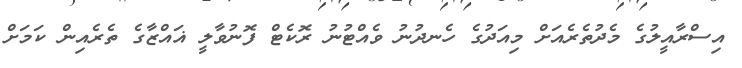
އިސްރާއީލުގެ މެދުތެރެއަށް މިއަދުގެ ހެނދުނު ވެއްޓުނު ރޮކެޓް ފޮނުވާލީ ޣައްޒާގެ ތެރެއިން ކަމަށް